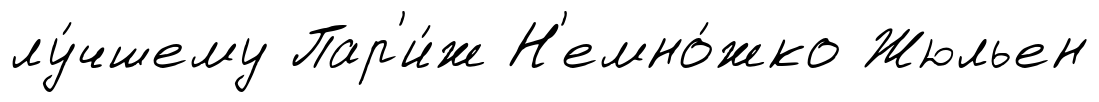
лу́чшему Пар'и́ж Н'емно́жко Жюльен